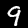
Digit: 9